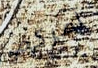
آمركم